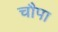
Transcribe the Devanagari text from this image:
चौपा